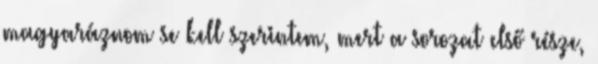
magyaráznom se kell szerintem, mert a sorozat első része,